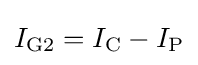
I_{\text{G2}}=I_{\text{C}}-I_{\text{P}}